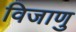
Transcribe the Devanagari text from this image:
विजाणु